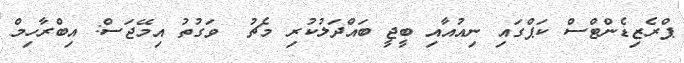
ޕްރެޒިޑެންޓްސް ކަޕްގައި ނިއުއާއި ބީޖީ ބައްދަލުކުރި މެޗު  ވަގުތު އިމޭޖަސް: އިބްރާހިމް